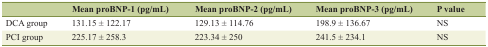
<table><thead><tr><td></td><td><b>Mean proBNP-1 (pg/mL)</b></td><td><b>Mean proBNP-2 (pg/mL)</b></td><td><b>Mean proBNP-3 (pg/mL)</b></td><td><b>P value</b></td></tr></thead><tbody><tr><td>DCA group</td><td>131.15 ± 122.17</td><td>129.13 ± 114.76</td><td>198.9 ± 136.67</td><td>NS</td></tr><tr><td>PCI group</td><td>225.17 ± 258.3</td><td>223.34 ± 250</td><td>241.5 ± 234.1</td><td>NS</td></tr></tbody></table>